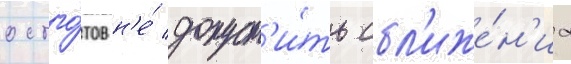
остго́тов н'е́ допуст'и́ть сбл'иже́н'иа